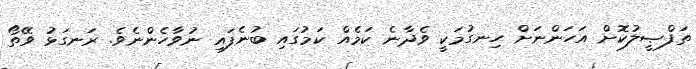
ތަފްޞީލުކޮށް އަހަންނަށް ހިނގުމަކީ ވެދާނެ ކަމެއް ކަމުގައި ބުނެފައި ނުވާހެންނެވެ. ރަނގަޅު ވޭތޯ